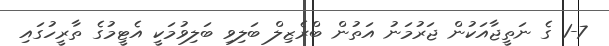
1-7 ގެ ނަތީޖާއަކުން ޖަރުމަނު އަތުން ބްރެޒިލް ބަލިވި ބަލިވުމަކީ އެޓީމުގެ ތާރީހުގައި